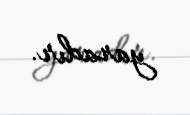
yaradır.